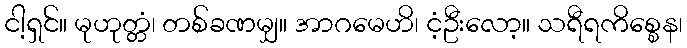
ငါ့ရှင်။ မုဟုတ္တံ၊ တစ်ခဏမျှ။ အာဂမေဟိ၊ ငံ့ဦးလော့။ သရီရကိစ္စေန၊